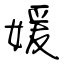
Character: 媛